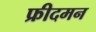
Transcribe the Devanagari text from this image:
फ्रीदमन